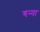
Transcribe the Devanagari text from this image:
गन्‍ना